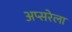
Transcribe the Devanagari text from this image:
अप्सरेला